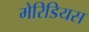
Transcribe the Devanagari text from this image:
मेरिडियस